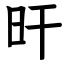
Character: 旰